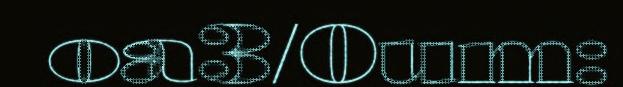
oa3/0um: